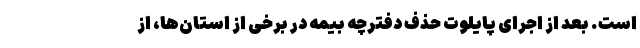
است. بعد از اجرای پایلوت حذف دفترچه بیمه در برخی از استان‌ها، از